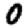
Digit: 0